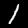
Label: 1